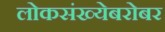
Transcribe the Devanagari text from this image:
लोकसंख्येबरोबर